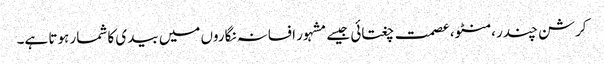
کرشن چندر ،منٹو، عصمت چغتائی جیسے مشہور افسانہ نگاروں میں بیدی کا شمار ہوتا ہے۔